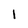
Character: l